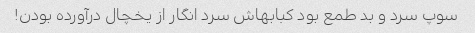
سوپ سرد و بد طمع بود کبابهاش سرد انگار از یخچال درآورده بودن!